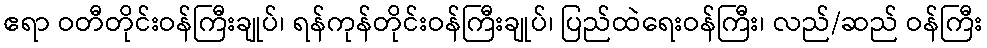
ဧရာ ဝတီတိုင်းဝန်ကြီးချုပ်၊ ရန်ကုန်တိုင်းဝန်ကြီးချုပ်၊ ပြည်ထဲရေးဝန်ကြီး၊ လည်/ဆည် ဝန်ကြီး